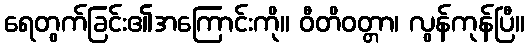
ရေတွက်ခြင်း၏အကြောင်းကို။ ဝီတိဝတ္တာ၊ လွန်ကုန်ပြီ။